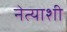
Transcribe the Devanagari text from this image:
नेत्याशी